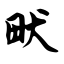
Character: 畎